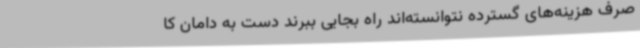
صرف هزینه‌های گسترده نتوانسته‌اند راه بجایی ببرند دست به دامان کا